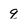
Character: q